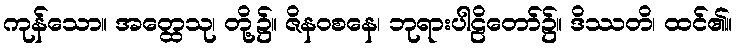
ကုန်သော။ အတ္ထေသု၊ တို့၌။ ဇိနဝစနေ၊ ဘုရားပါဠိတော်၌။ ဒိဿတိ၊ ထင်၏။